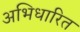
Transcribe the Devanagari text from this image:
अभिधारित